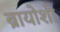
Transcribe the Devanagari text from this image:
ब्रायोशी